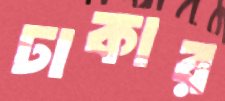
ঢাকার